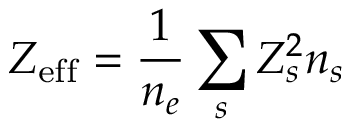
Z _ { \mathrm { e f f } } = \frac { 1 } { n _ { e } } \sum _ { s } Z _ { s } ^ { 2 } n _ { s }